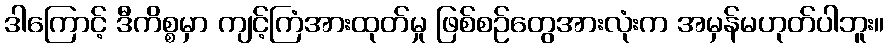
ဒါကြောင့် ဒီကိစ္စမှာ ကျင့်ကြံအားထုတ်မှု ဖြစ်စဉ်တွေအားလုံးက အမှန်မဟုတ်ပါဘူး။